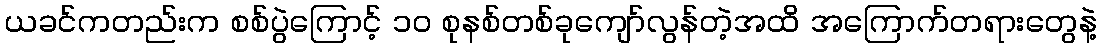
ယခင်ကတည်းက စစ်ပွဲကြောင့် ၁၀ စုနစ်တစ်ခုကျော်လွန်တဲ့အထိ အကြောက်တရားတွေနဲ့